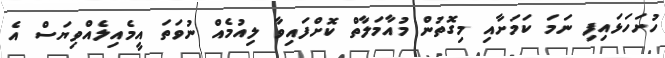
ހުށަހަޅައިފި ނަމަ ކަމަށާއި މިގޮތުން މުއާމަލާތް ކޮށްފައިވާ ލިއުމެއް ނުވަތަ އީމެއިލެއްވިޔަސް އެ